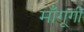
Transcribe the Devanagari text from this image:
माँगूगी